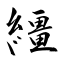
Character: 繮